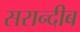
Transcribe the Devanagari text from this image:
सरान्दीब